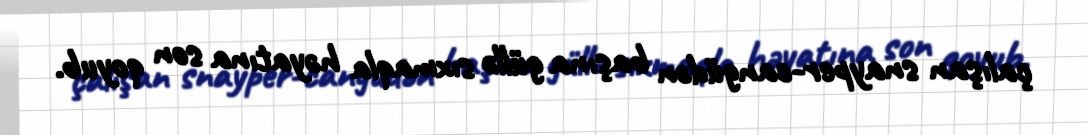
çalışan snayper-cangüdən başına güllə sıxmaqla həyatına son qoyub.